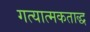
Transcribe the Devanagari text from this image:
गत्यात्मकताद्ध